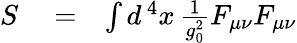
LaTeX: \begin{array}{rlr}{S}&{{}=}&{\int d^{\, 4}x\, {\frac{1}{g_{0}^{2}}}F_{\mu\nu}F_{\mu\nu}}\end{array}